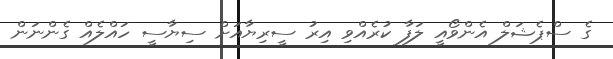
ގެ ސްޕެޝަލް އެންވޯއީ ލަފާ ކުރެއްވި އިރު ސީރިޔާއަށް ސިޔާސީ ހައްލެއް ގެންނަން